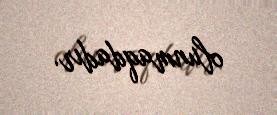
olunmaqdadır.